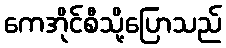
ကေအိုင်စီသို့ပြောသည်